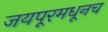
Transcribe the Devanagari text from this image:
जयपूरमधूनच